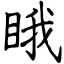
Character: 睋